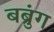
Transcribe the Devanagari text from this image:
बब्रुंग